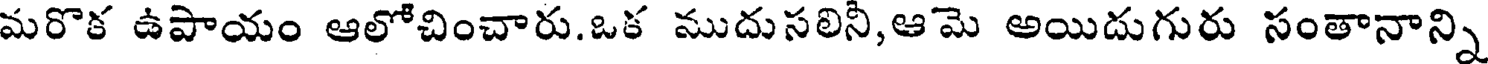
మరొక ఉపాయం ఆలోచించారు.ఒక ముదుసలినీ,ఆమె అయిదుగురు సంతానాన్ని